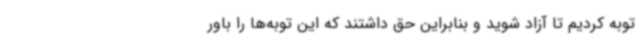
توبه کردیم تا آزاد شوید و بنابراین حق داشتند که این توبه‌ها را باور